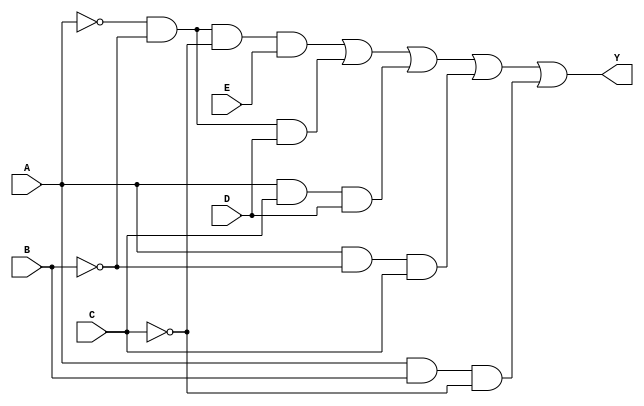
module kmap_5_variable (
    input wire A, // Input variable A
    input wire B, // Input variable B
    input wire C, // Input variable C
    input wire D, // Input variable D
    input wire E, // Input variable E
    output wire Y // Output variable
);

// Internal signals for product terms
wire term1, term2, term3, term4, term5;

// Example logic based on a hypothetical K-map simplification
// Let's assume the K-map resulted in the following simplified expression:
// Y = A'B'C'E + A'B'D + ACD + AB'C + ABC'

assign term1 = ~A & ~B & ~C & E; // A'B'C'E
assign term2 = ~A & ~B & D;      // A'B'D
assign term3 = A & C & D;        // ACD
assign term4 = A & ~B & C;       // AB'C
assign term5 = A & B & ~C;       // ABC'

// Combine all the terms using OR
assign Y = term1 | term2 | term3 | term4 | term5;

endmodule